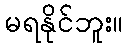
မရနိုင်ဘူး။